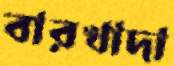
বারখাদা